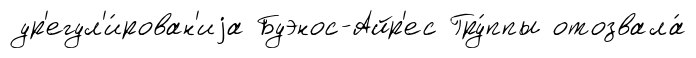
ур'егул'и́рован'иjа Буэнос-Айр'ес Гру́ппы отозвала́